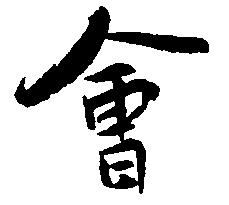
曾